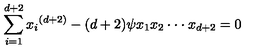
\sum _ { i = 1 } ^ { d + 2 } { x _ { i } } ^ { ( d + 2 ) } - ( d + 2 ) \psi { x _ { 1 } x _ { 2 } \cdot \cdot \cdot x _ { d + 2 } } = 0